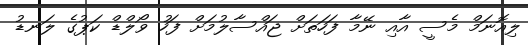
ލިއޮނަމް މެސީ އާއި ނޭމާ ފަހަތަށް ޖައްސާލުމަށް ފަހު ވޯލްޑް ކަޕުގެ ލަނޑު